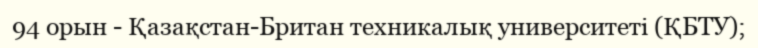
94 орын - Қазақстан-Британ техникалық университеті (ҚБТУ);